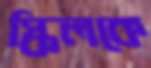
স্কিলকে